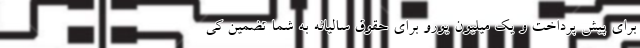
برای پیش پرداخت و یک میلیون یورو برای حقوق سالیانه به شما تضمین کی